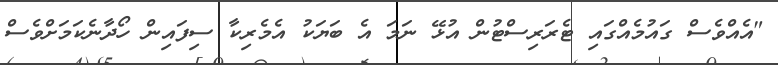
"އެއްވެސް ގައުމެއްގައި ޓެރަރިސްޓުން އުޅޭ ނަމަ އެ ބަޔަކު އެމެރިކާ ސިފައިން ހޯދާނެކަމަށްވެސް